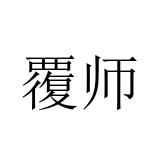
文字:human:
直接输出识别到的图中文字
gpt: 覆师